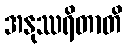
အနုဿရိတာတိ